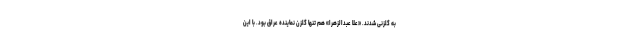
به گلزنی شدند. «علا عبدالزهرا» هم تنها گلزن نماینده عراق بود. با این